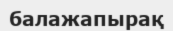
балажапырақ